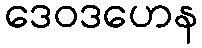
ဒေဝဒဟေန